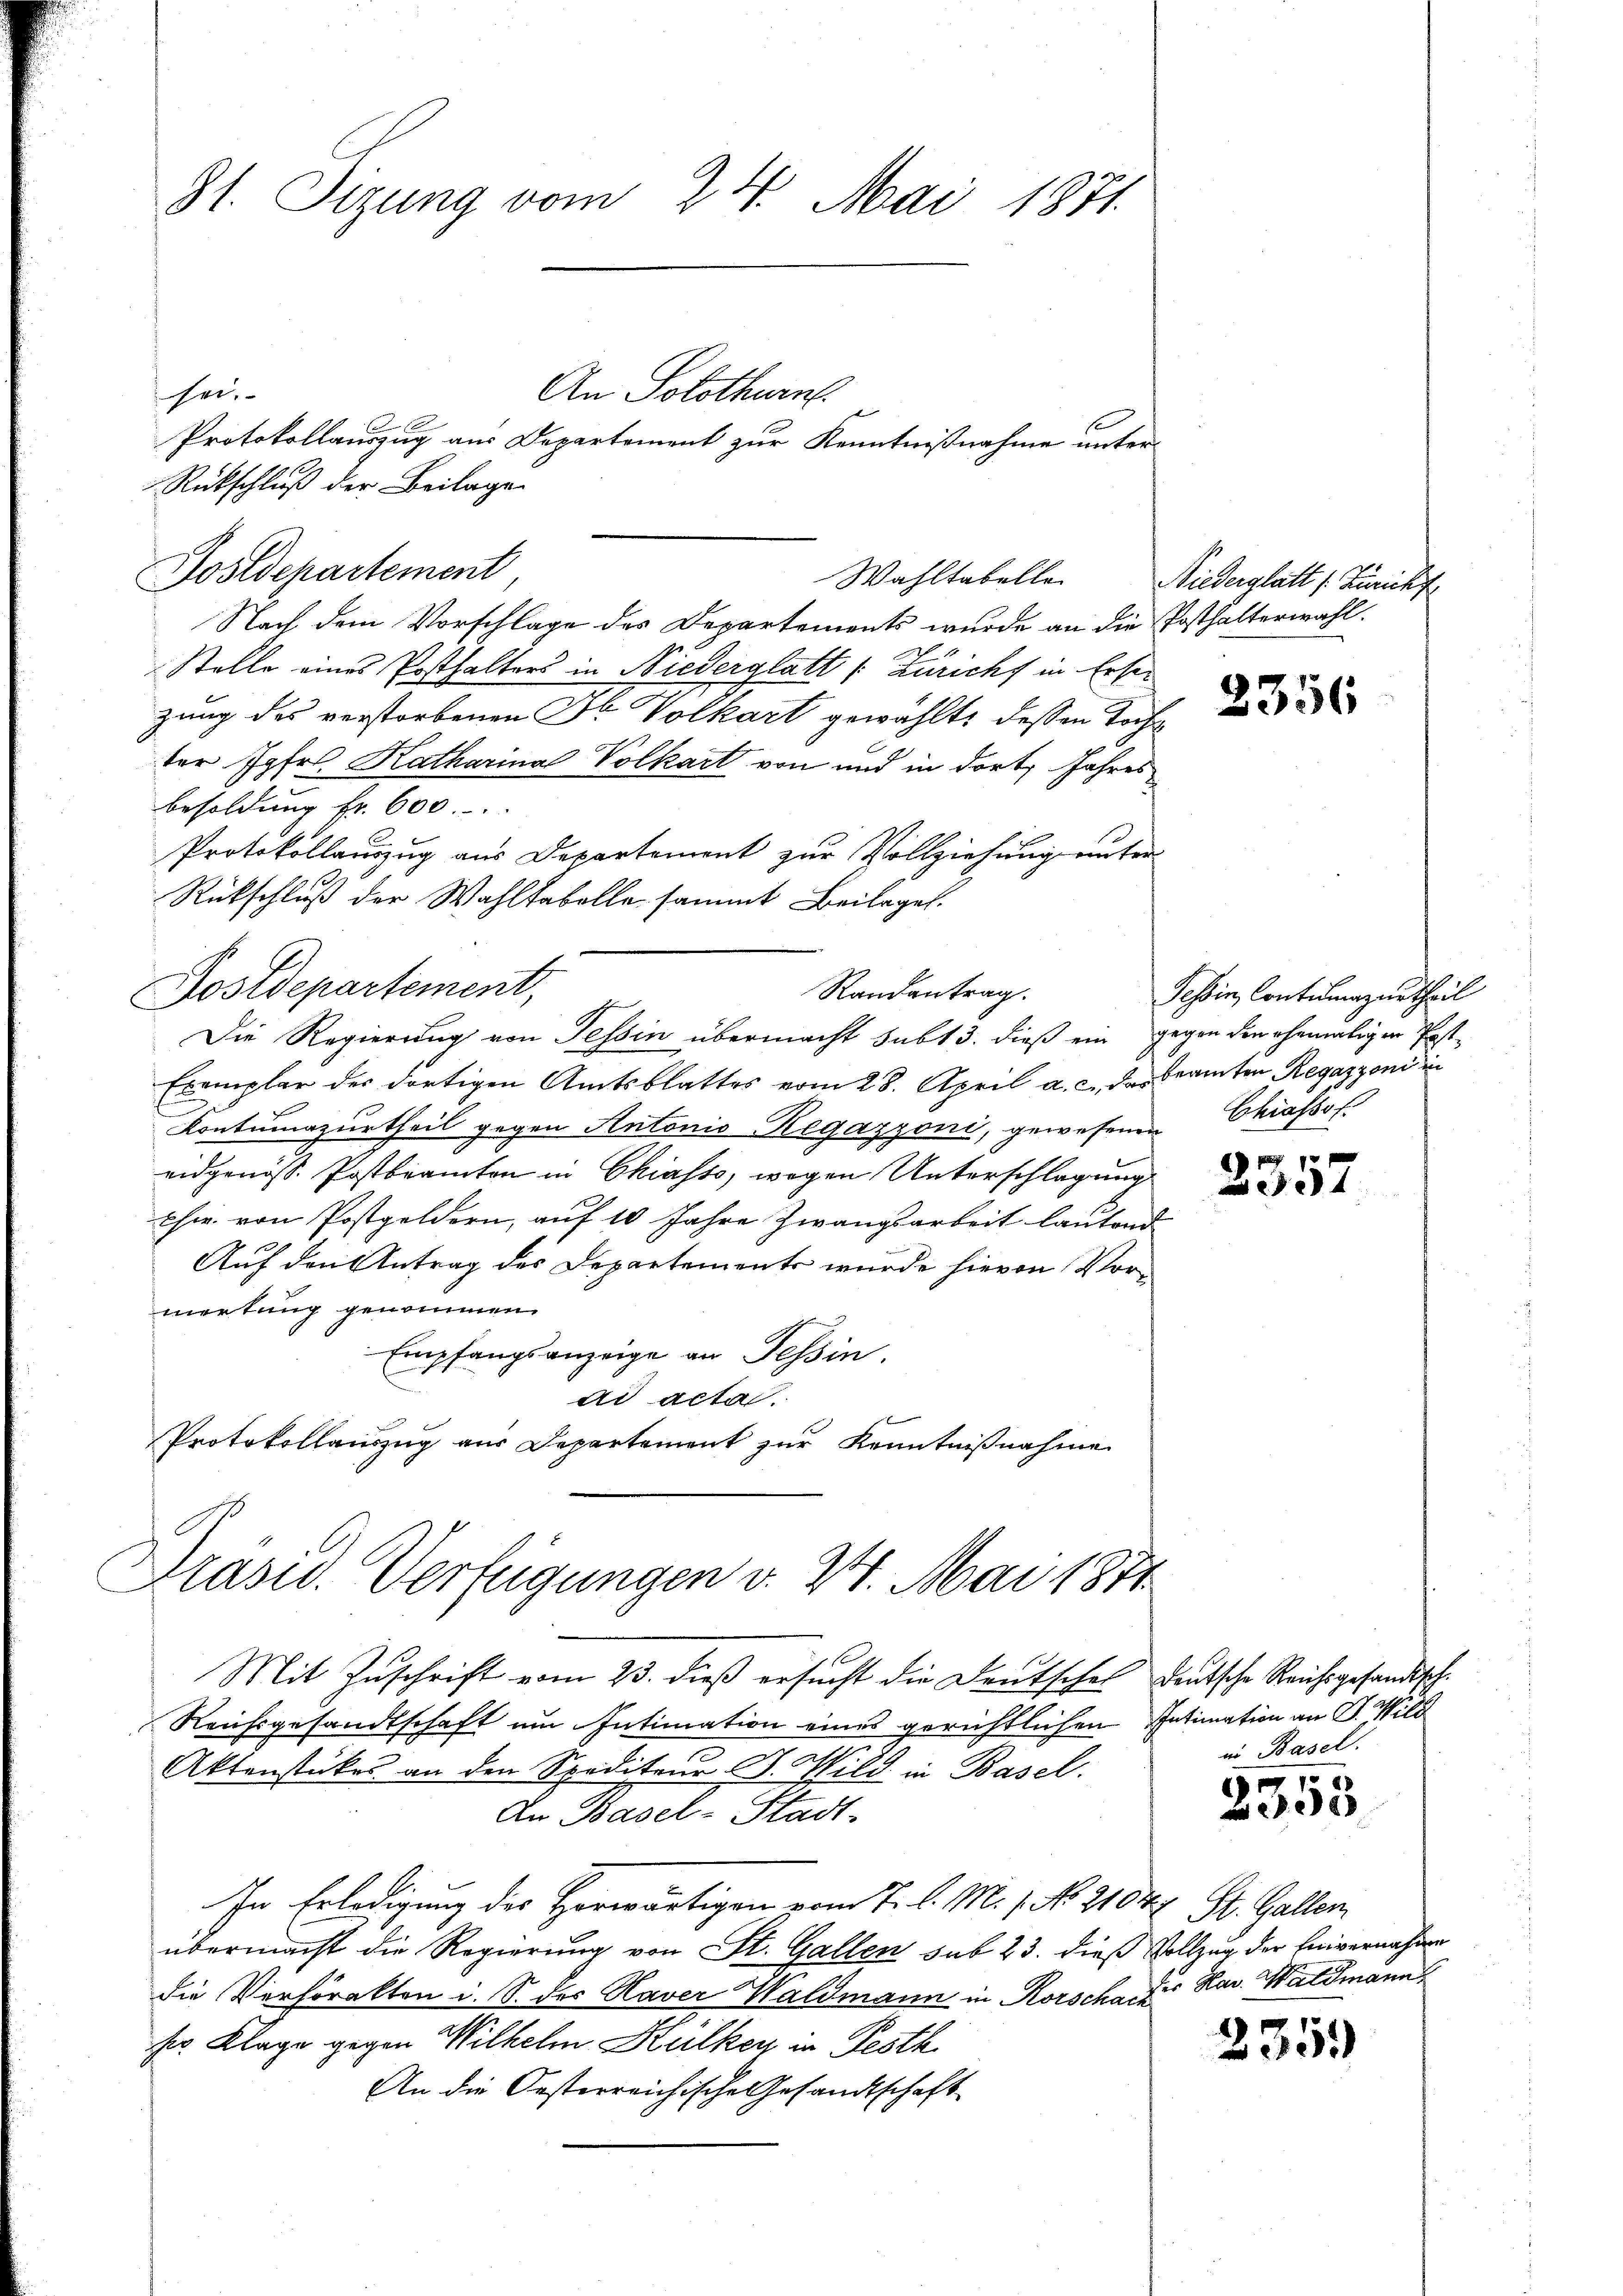
81. Sizung vom 24. Mai 1871

sei.
Rückschluß der Beilage
Nach dem Vorschlage des Departements wurde an die Posthalterwahl.
Stelle eines Posthalters in Niederglatt /: Züricht in Ersezung des verstorbenen Fl. Volkart gewählte dessen Toch
der Jgfr. Katharina Volkart von und in dort Jahres
Besoldung fr. 600.
Protokollauszug aus Departement zur Vollziehung unter
Rückschluß der Wahlfabelle sammt Beilagen.
Postdepartement,
Randantrag.
Die Regierung von Tessin übermacht subt 3. dieß ein gegen den ehemaligen Post¬
Exemplar der dortigen Amtsblattes vom 28. April a. c. des Beamten Regazzoni in
Kontumazurtheil gegen Antonis Regazzoni, gewesenen Chiassol
eidgenöss. Postbeamten in Chiasso, wegen Unterschlagung
phir von Postgeldern, auf 10 Jahre Zwangsarbeit lautend
Auf den Antrag des Departements wurde hievon Vormerkung genommen.
Empfangsanzeige an Tessin.
ad acta.
Protokollauszug aus Departement zur Kenntnißnahme

Sostdepartement

An Solothurn.
Protokollauszug aus Departement zur Kenntnißnahme unter

Wahltabelle

Präsid. Verfügungen v. 24. Mai 1871

Mit Zuschrift vom 23. dieß ersucht die Deutschel
Reichsgesandtschaft um Intimation eines gerichtlichen Intimation an J. Wi
Aktenstückes an den Spediteur J. Wild in Basel.
An Basel-Stadt-
In Erledigung des Horwärtigen vom 7. d. M. 1. No. 21044 St. Gallen
übermacht die Regierung von St. Gallen sub 23. dieß Vollzug der Einvernahm
die Verhörakten i. S. des Haver Waldmann in Korschaften Rav. Waldmann
ser Klage gegen Wilhelm Hülker in Pesth
An die Oesterreichische Gesandtschaft

Niederglatt /: Züricht
2356

Tessin, Contumazurtheil

2357

Deutsche Reichsgesandtsch.
in Basel.

8
2305

2359)

f